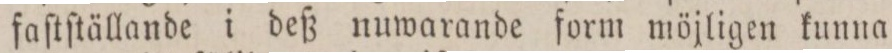
faſtſtällande i deß nuwarande form möjligen kunna